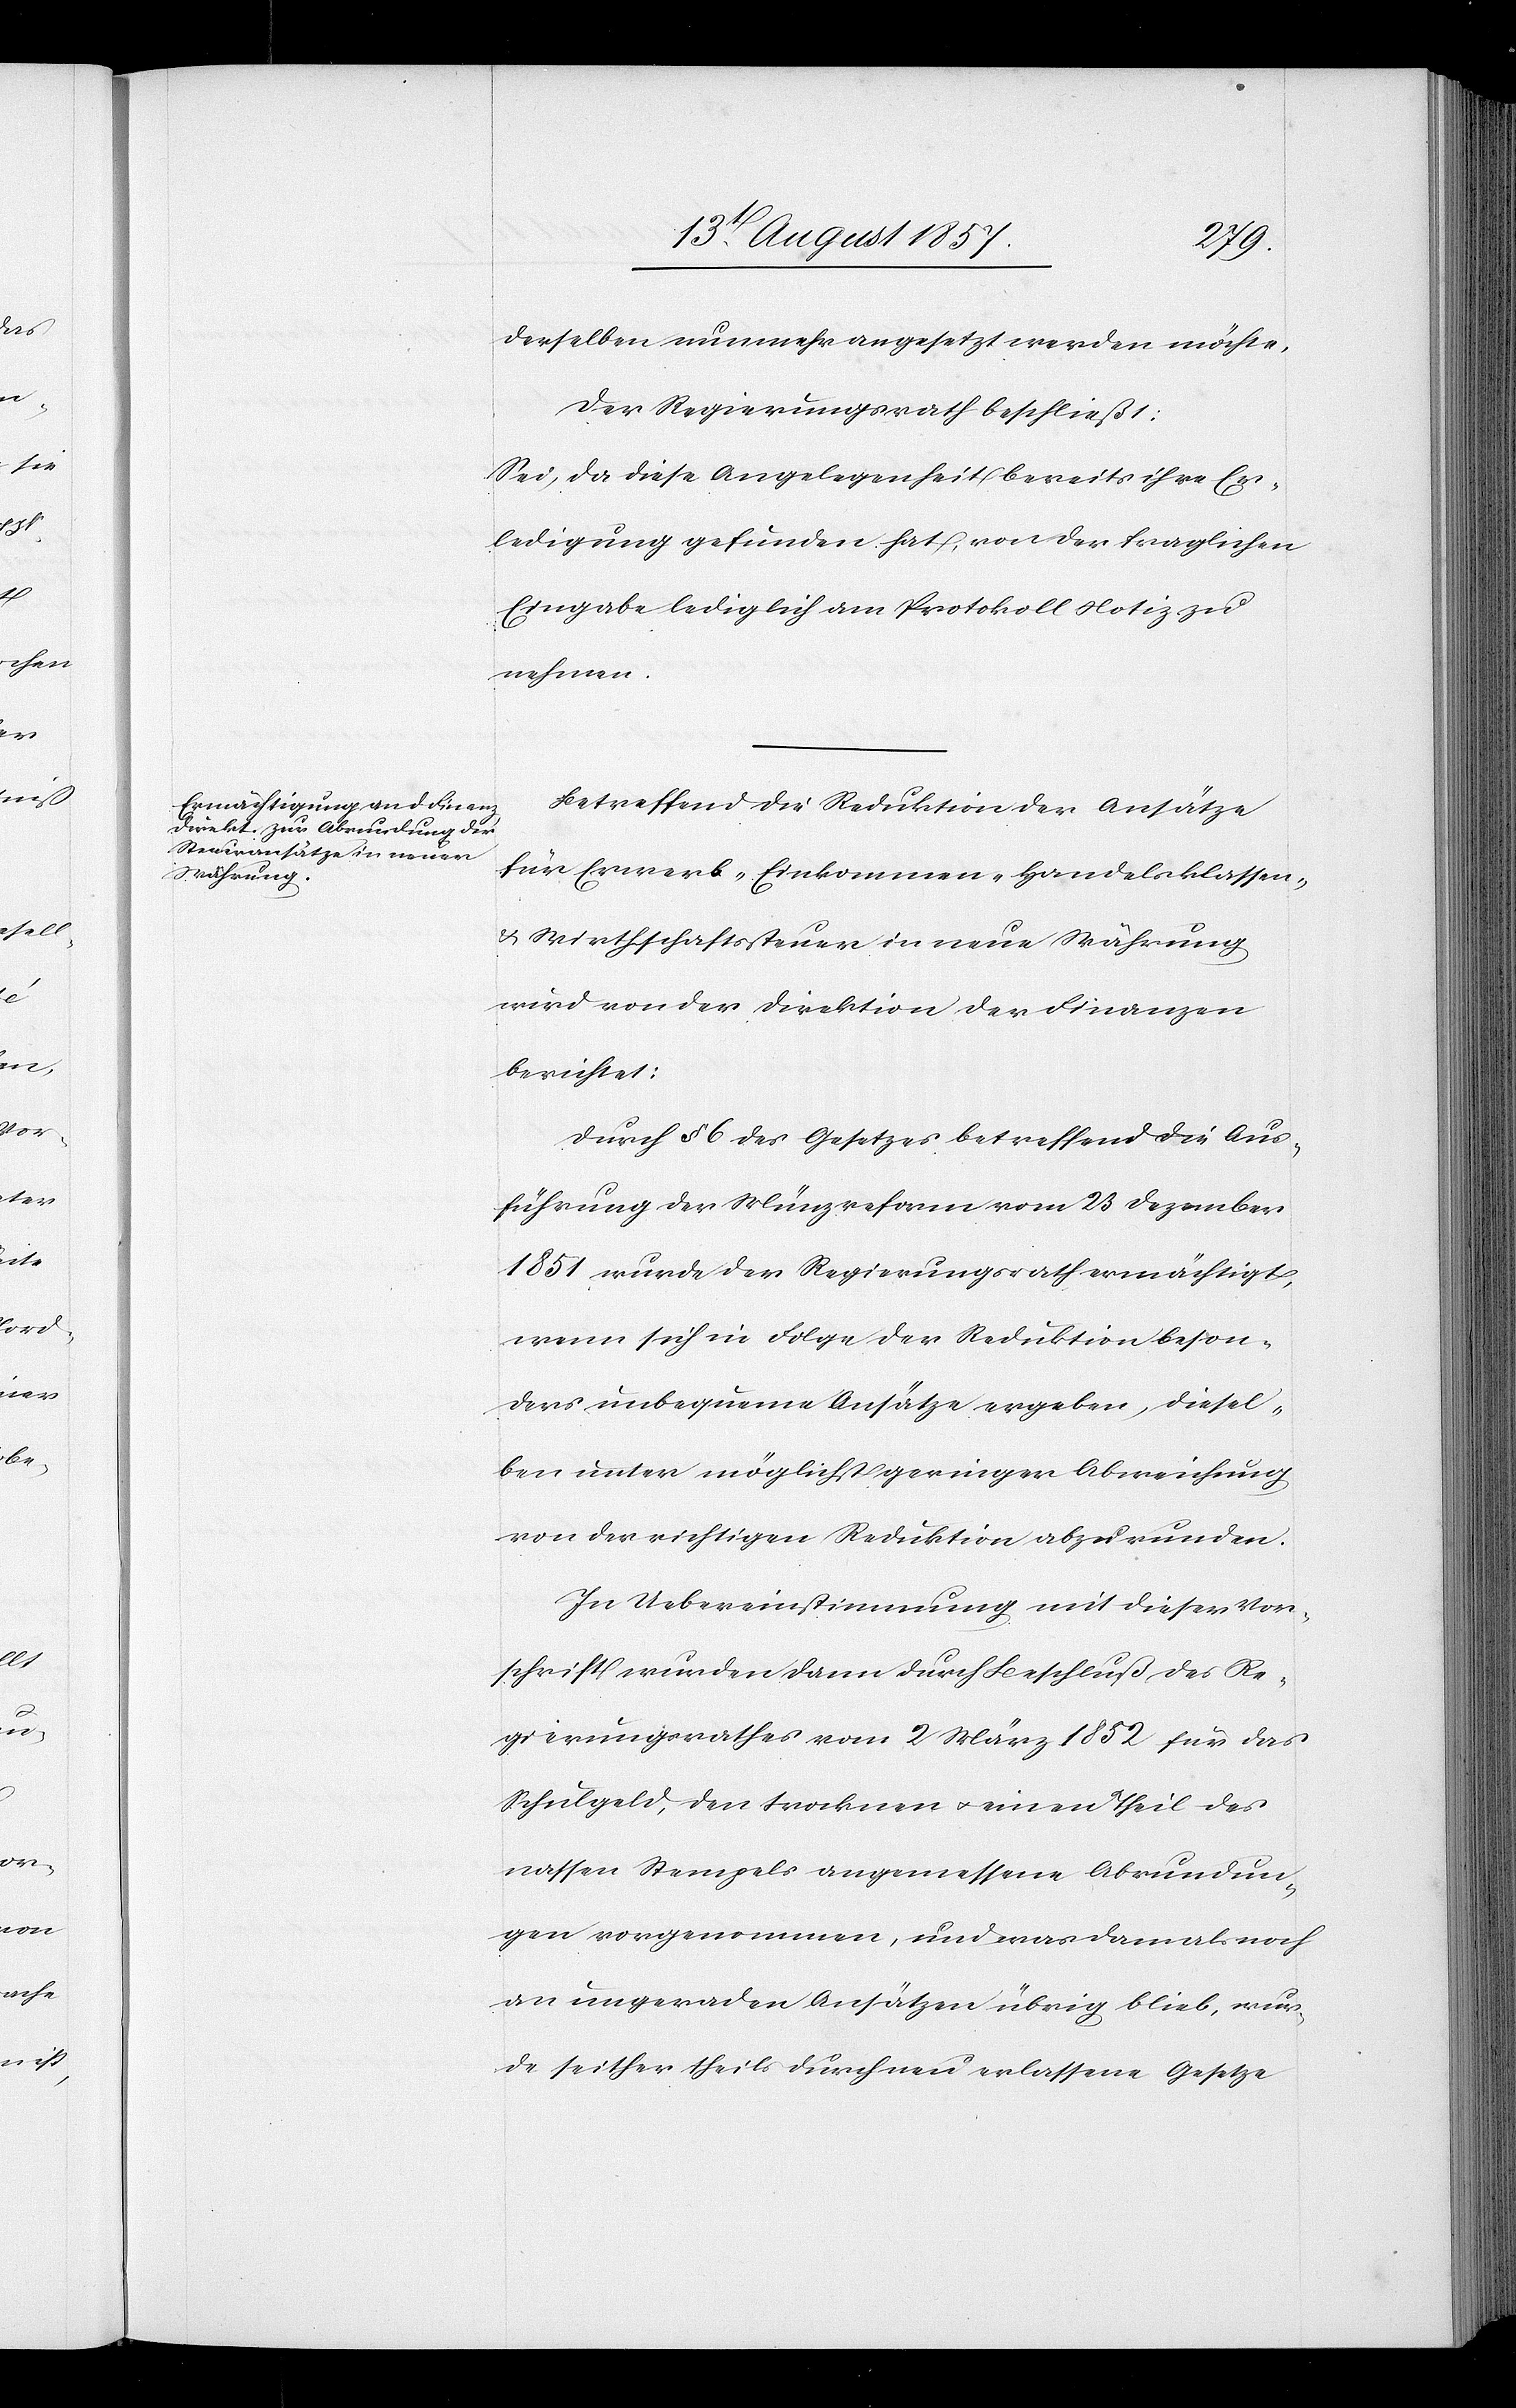
derselben nunmehr angesetzt werden möchte.
Der Regierungsrath beschließt:
Sei, da diese Angelegenheit bereits ihre Er¬
ledigung gefunden hat, von der fraglichen
Eingabe lediglich am Protokoll Notiz zu
nehmen.
Betreffend die Reduktion der Ansätze
für Erwerb- Einkommen- Handelsklassen-
& Wirthschaftssteuer in neue Währung
wird von der Direktion der Finanzen
berichtet:
Durch § 6 des Gesetzes betreffend die Aus¬
führung der Münzreformen vom 23 Dezember
1851 wurde der Regierungsrath ermächtigt,
wenn sich in Folge der Reduktion beson¬
ders unbequeme Ansätze ergeben, diesel¬
ben unter möglichst geringer Abweichung
von der richtigen Reduktion abzurunden.
In Uebereinstimmung mit dieser Vor¬
schrift wurden dann durch Beschluß des Re¬
gierungsrathes vom 2 März 1852 für das
Schulgeld, den trocknen & einen Theil des
nassen Stempels angemessene Abrundun¬
gen vorgenommen, und was dann als noch
an ungeraden Ansätzen übrig blieb, wur¬
de seither theils durch neu erlassene Gesetze